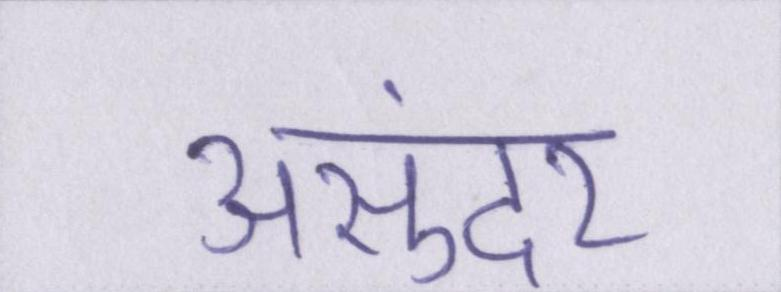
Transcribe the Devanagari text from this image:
असुंदर